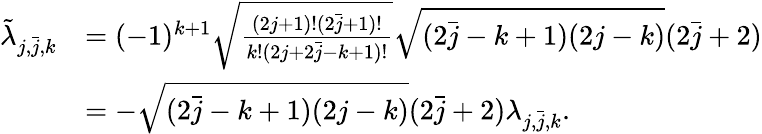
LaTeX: \begin{array}{rl}{\tilde{\lambda}_{j,\bar{j},k}}&{=(-1)^{k+1}\sqrt{\frac{(2j+1)!(2\bar{j}+1)!}{k!(2j+2\bar{j}-k+1)!}}\sqrt{(2\bar{j}-k+1)(2j-k)}(2\bar{j}+2)}\\ &{=-\sqrt{(2\bar{j}-k+1)(2j-k)}(2\bar{j}+2)\lambda_{j,\bar{j},k}.}\end{array}